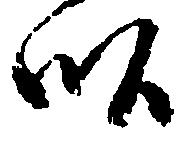
畝